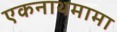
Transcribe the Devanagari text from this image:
एकनाथमामा